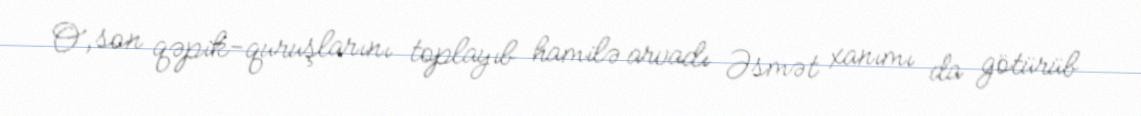
O, son qəpik-quruşlarını toplayıb hamilə arvadı Əsmət xanımı da götürüb